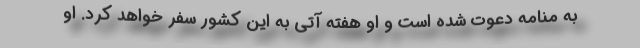
به منامه دعوت شده است و او هفته آتی به این کشور سفر خواهد کرد. او